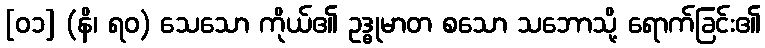
[၀၁] (နိ၊ ရဝ) သေသော ကိုယ်၏ ဥဒ္ဓုမာတ စသော သဘောသို့ ရောက်ခြင်း၏